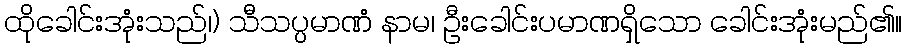
ထိုခေါင်းအုံးသည်၊) သီသပ္ပမာဏံ နာမ၊ ဦးခေါင်းပမာဏရှိသော ခေါင်းအုံးမည်၏။